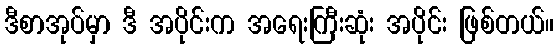
ဒီစာအုပ်မှာ ဒီ အပိုင်းက အရေးကြီးဆုံး အပိုင်း ဖြစ်တယ်။